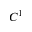
C ^ { 1 }